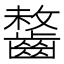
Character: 𪘻